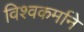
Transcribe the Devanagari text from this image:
विश्वकर्माने